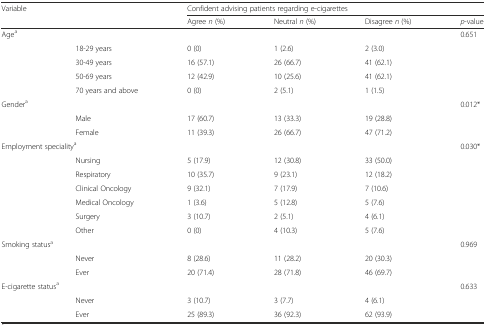
| Variable |  | <COLSPAN=4> Confident advising patients regarding e-cigarettes |
 | <COLSPAN=2>  | Agree n (%) | Neutral n (%) | Disagree n (%) | p-value |
 | --- | --- | --- | --- | --- | --- |
 | <COLSPAN=2> Agea |  |  |  | 0.651 |
 |  | 18-29 years | 0 (0) | 1 (2.6) | 2 (3.0) |  |
 |  | 30-49 years | 16 (57.1) | 26 (66.7) | 41 (62.1) |  |
 |  | 50-69 years | 12 (42.9) | 10 (25.6) | 41 (62.1) |  |
 |  | 70 years and above | 0 (0) | 2 (5.1) | 1 (1.5) |  |
 | <COLSPAN=2> Gendera |  |  |  | 0.012* |
 |  | Male | 17 (60.7) | 13 (33.3) | 19 (28.8) |  |
 |  | Female | 11 (39.3) | 26 (66.7) | 47 (71.2) |  |
 | <COLSPAN=2> Employment specialitya |  |  |  | 0.030* |
 |  | Nursing | 5 (17.9) | 12 (30.8) | 33 (50.0) |  |
 |  | Respiratory | 10 (35.7) | 9 (23.1) | 12 (18.2) |  |
 |  | Clinical Oncology | 9 (32.1) | 7 (17.9) | 7 (10.6) |  |
 |  | Medical Oncology | 1 (3.6) | 5 (12.8) | 5 (7.6) |  |
 |  | Surgery | 3 (10.7) | 2 (5.1) | 4 (6.1) |  |
 |  | Other | 0 (0) | 4 (10.3) | 5 (7.6) |  |
 | <COLSPAN=2> Smoking statusa |  |  |  | 0.969 |
 |  | Never | 8 (28.6) | 11 (28.2) | 20 (30.3) |  |
 |  | Ever | 20 (71.4) | 28 (71.8) | 46 (69.7) |  |
 | <COLSPAN=2> E-cigarette statusa |  |  |  | 0.633 |
 |  | Never | 3 (10.7) | 3 (7.7) | 4 (6.1) |  |
 |  | Ever | 25 (89.3) | 36 (92.3) | 62 (93.9) |  |